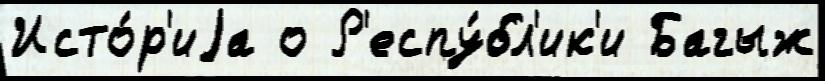
Исто́р'иjа о Р'еспу́бл'ик'и Багыж